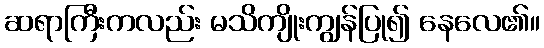
ဆရာကြီးကလည်း မသိကျိုးကျွန်ပြု၍ နေလေ၏။